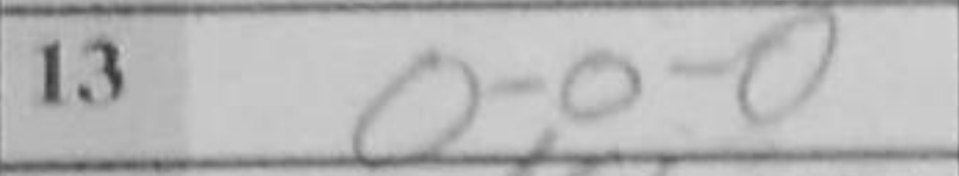
Transcription: O-O-O